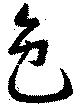
色